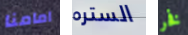
امامنا الستره فخر